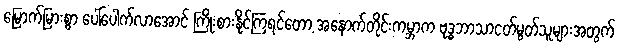
မြောက်မြားစွာ ပေါ်ပေါက်လာအောင် ကြိုးစားနိုင်ကြရင်တော့ အနောက်တိုင်းကမ္ဘာက ဗုဒ္ဓဘာသာငတ်မွတ်သူများအတွက်